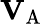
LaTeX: \mathbf{V}_{\mathrm{A}}